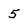
Character: 5